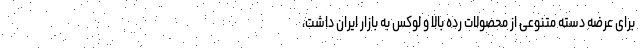
برای عرضه دسته متنوعی از محصولات رده بالا و لوکس به بازار ایران داشت،